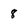
Character: 8